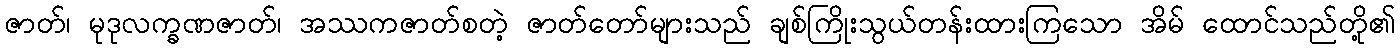
ဇာတ်၊ မုဒုလက္ခဏဇာတ်၊ အဿကဇာတ်စတဲ့ ဇာတ်တော်များသည် ချစ်ကြိုးသွယ်တန်းထားကြသော အိမ် ထောင်သည်တို့၏